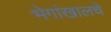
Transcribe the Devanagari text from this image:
भेगांखालचे